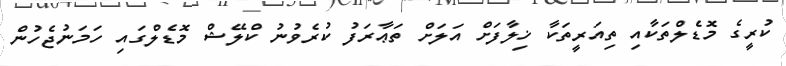
ކުރީގެ މޮޑެލްތަކާއި ތިއަރީތަކާ ޚިލާފަށް އަލަށް ތަޢާރަފު ކުރެވުނު ކްލޭޝް މޮޑެލްގައި ހަމަނުޖެހުން